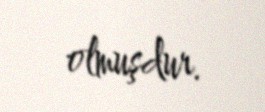
olmuşdur.